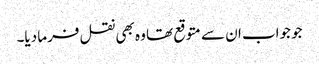
جو جواب ان سے متوقع تھا وہ بھی نقل فرما دیا۔